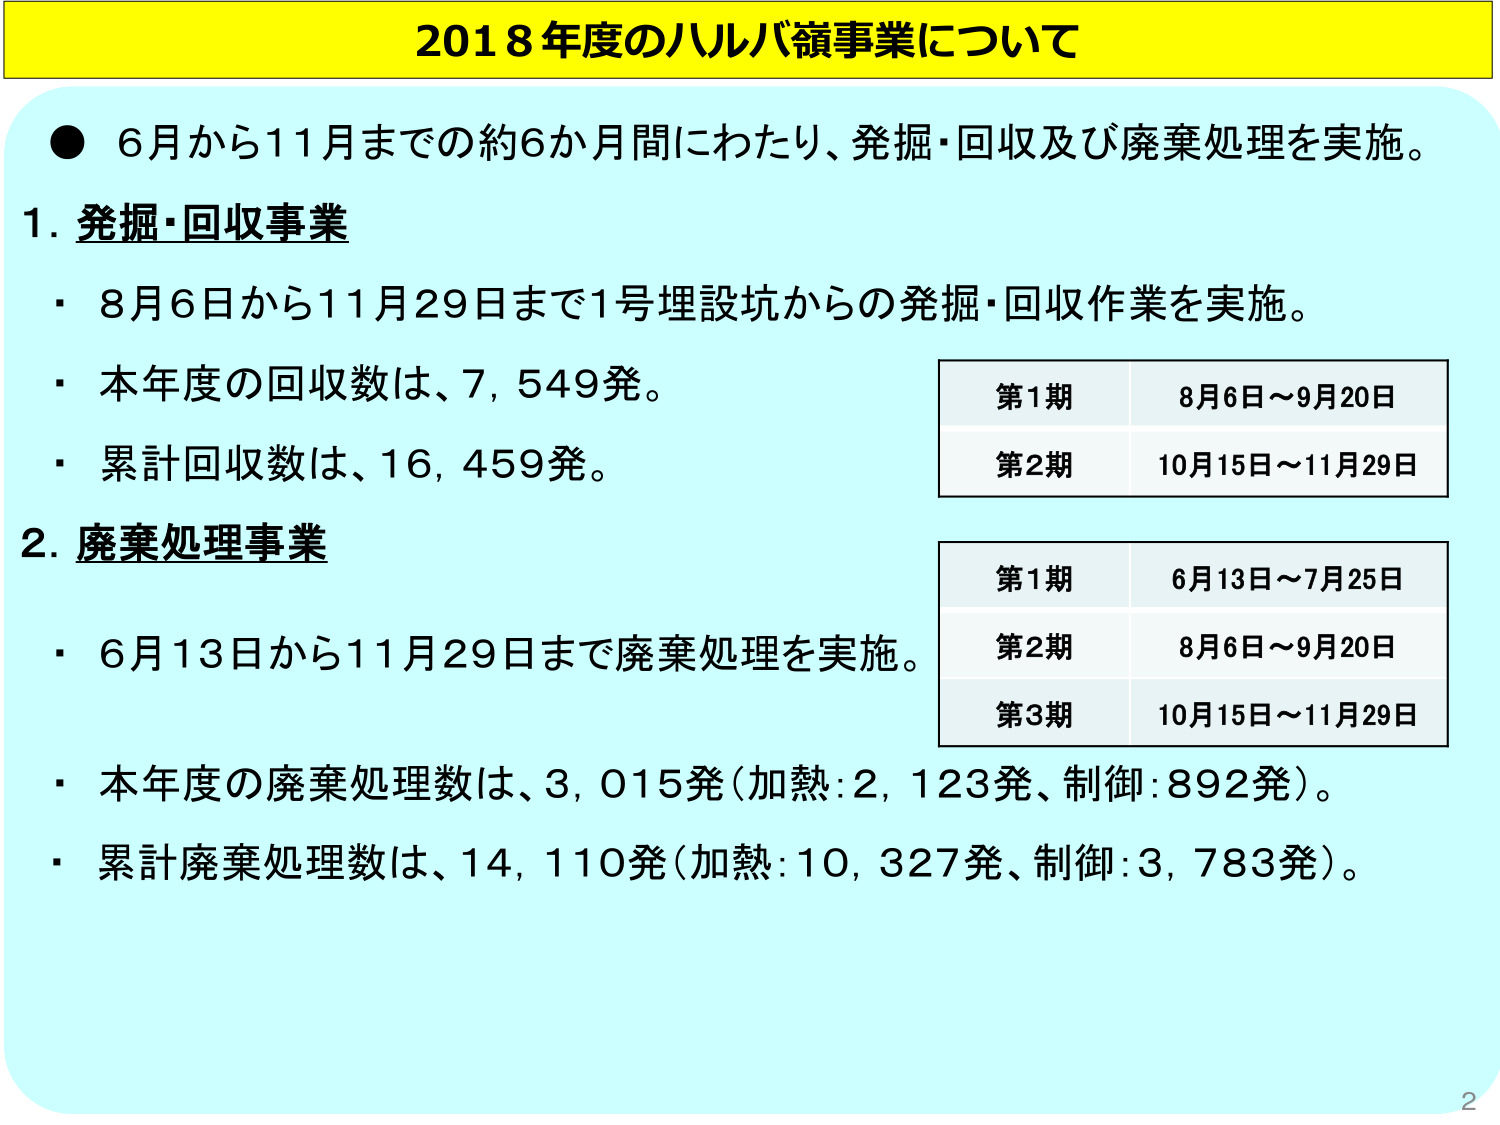
2018年度のハルバ嶺事業について

● 6月から11月までの約6か月間にわたり、発掘・回収及び廃棄処理を実施。

1. 発掘・回収事業
・ 8月6日から11月29日まで1号埋設坑からの発掘・回収作業を実施。
・ 本年度の回収数は、7,549発。
・ 累計回収数は、16,459発。

第1期　8月6日～9月20日
第2期　10月15日～11月29日

2. 廃棄処理事業
・ 6月13日から11月29日まで廃棄処理を実施。

第1期　6月13日～7月25日
第2期　8月6日～9月20日
第3期　10月15日～11月29日

・ 本年度の廃棄処理数は、3,015発（加熱：2,123発、制御：892発）。
・ 累計廃棄処理数は、14,110発（加熱：10,327発、制御：3,783発）。

2